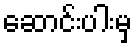
ဆောင်းပါးမှ